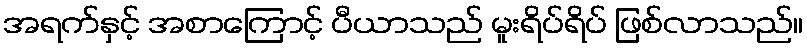
အရက်နှင့် အစာကြောင့် ပီယာသည် မူးရိပ်ရိပ် ဖြစ်လာသည်။